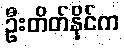
ဦးတိတ်နိုင်က